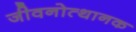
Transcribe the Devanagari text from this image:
जीवनोत्थानक